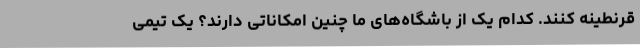
قرنطینه کنند. کدام یک از باشگاه‌های ما چنین امکاناتی دارند؟ یک تیمی